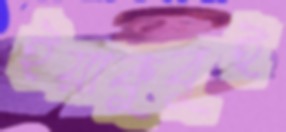
ইয়াকুবুই